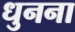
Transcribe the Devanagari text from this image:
धुनना